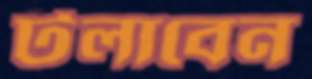
টলাবেন